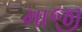
માજી